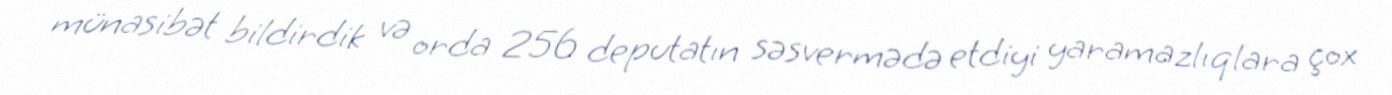
münasibət bildirdik və orda 256 deputatın səsvermədə etdiyi yaramazlıqlara çox